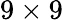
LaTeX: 9\times 9